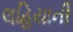
લહિયાની